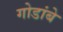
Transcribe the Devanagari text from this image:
गोडांबे